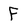
Character: F